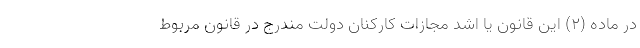
در ماده (۲) این قانون یا اشد مجازات کارکنان دولت مندرج در قانون مربوط